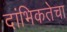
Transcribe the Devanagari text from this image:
दांभिकतेचा